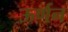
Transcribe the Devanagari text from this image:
ऊर्णन